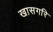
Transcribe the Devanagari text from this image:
खासगरि